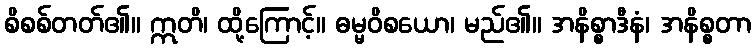
စိစစ်တတ်၏။ ဣတိ၊ ထို့ကြောင့်။ ဓမ္မဝိစယော၊ မည်၏။ အနိစ္စာဒီနံ၊ အနိစ္စတာ